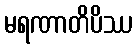
မရဏာတိပိဿ